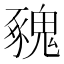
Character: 𩳥